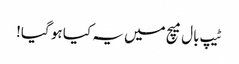
ٹیپ بال میچ میں یہ کیا ہو گیا!